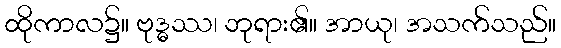
ထိုကာလ၌။ ဗုဒ္ဓဿ၊ ဘုရား၏။ အာယု၊ အသက်သည်။